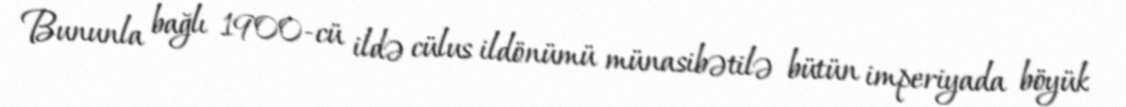
Bununla bağlı 1900-cü ildə cülus ildönümü münasibətilə bütün imperiyada böyük